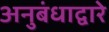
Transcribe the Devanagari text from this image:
अनुबंधाद्वारे